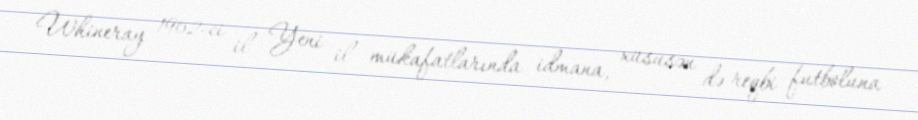
Whineray 1962-ci il Yeni il mükafatlarında idmana, xüsusən də reqbi futboluna